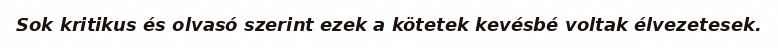
Sok kritikus és olvasó szerint ezek a kötetek kevésbé voltak élvezetesek.